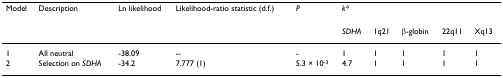
| Model | Description | Ln likelihood | Likelihood-ratio statistic (d.f.) | P | <COLSPAN=5> k* |
 |  |  |  |  |  | SDHA | 1q21 | β-globin | 22q11 | Xq13 |
 | --- | --- | --- | --- | --- | --- | --- | --- | --- | --- |
 | 1 | All neutral | -38.09 | -- | - | 1 | 1 | 1 | 1 | 1 |
 | 2 | Selection on SDHA | -34.2 | 7.777 (1) | 5.3 × 10-3 | 4.7 | 1 | 1 | 1 | 1 |